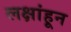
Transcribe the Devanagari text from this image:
लक्षांहून